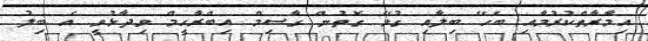
އިމާރާތްކުރުމާއި ބެހޭ ބިލާއި ގުޅޭ ގޮތުން ގާސިމް އިބްރާހީމް ވިދާޅުވީ އެ ބިލު